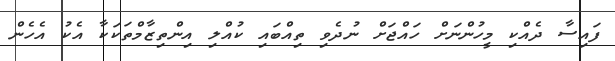
ފައިސާ ދެއްކި މީހުންނަށް ހައްޖަށް ނުދެވި ތިއްބައި ކުއްލި އިންތިޒާމްތަކަކާ އެކު އެހެން